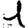
Digit: 1